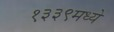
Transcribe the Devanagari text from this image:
१३३९मध्ये